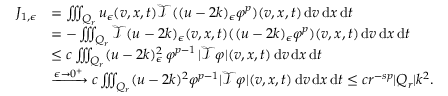
\begin{array} { r l } { J _ { 1 , \epsilon } } & { = \iiint _ { Q _ { r } } u _ { \epsilon } ( v , x , t ) \mathcal { T } ( ( u - 2 k ) _ { \epsilon } \varphi ^ { p } ) ( v , x , t ) \, \mathrm { d } v \, \mathrm { d } x \, \mathrm { d } t } \\ & { = - \iiint _ { Q _ { r } } \mathcal { T } ( u - 2 k ) _ { \epsilon } ( v , x , t ) ( ( u - 2 k ) _ { \epsilon } \varphi ^ { p } ) ( v , x , t ) \, \mathrm { d } v \, \mathrm { d } x \, \mathrm { d } t } \\ & { \leq c \iiint _ { Q _ { r } } ( u - 2 k ) _ { \epsilon } ^ { 2 } \, \varphi ^ { p - 1 } \, \lvert \mathcal { T } \varphi \rvert ( v , x , t ) \, \mathrm { d } v \, \mathrm { d } x \, \mathrm { d } t } \\ & { \xrightarrow { \epsilon \to 0 ^ { + } } c \iiint _ { Q _ { r } } ( u - 2 k ) ^ { 2 } \varphi ^ { p - 1 } \lvert \mathcal { T } \varphi \rvert ( v , x , t ) \, \mathrm { d } v \, \mathrm { d } x \, \mathrm { d } t \leq c r ^ { - s p } \lvert Q _ { r } \rvert k ^ { 2 } . } \end{array}